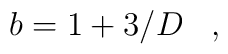
b=1+3/D\,\,\,\,\,,\,\,\,\,\,